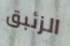
الزئبق